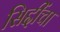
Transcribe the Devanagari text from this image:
सिद्दींचा